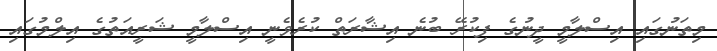
މިތަނުގައި އިސްލާމީ ދީނުގެ ފިކުރޭ ބުނެ އިޝާރަތް ކުރެވެނީ އިސްލާމީ ޝަރީއަތުގެ އިލްމުގައި